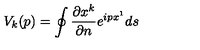
V _ { k } ( p ) = \oint \frac { \partial x ^ { k } } { \partial n } e ^ { i p x ^ { 1 } } d s